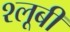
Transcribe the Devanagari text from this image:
श्लूबी